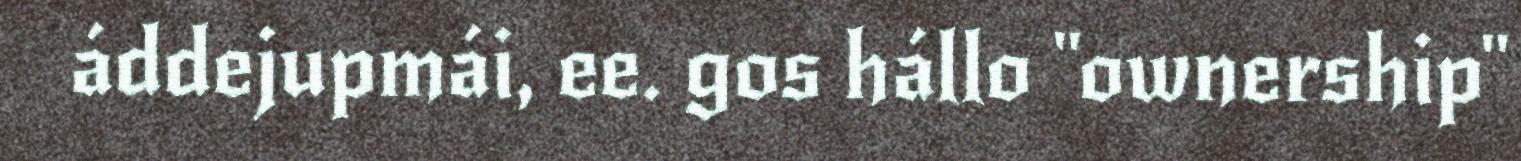
áddejupmái, ee. gos hállo "ownership"